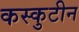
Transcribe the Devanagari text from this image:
कस्कुटीन